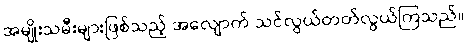
အမျိုးသမီးများဖြစ်သည့် အလျောက် သင်လွယ်တတ်လွယ်ကြသည်။